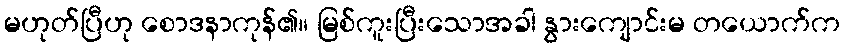
မဟုတ်ပြီဟု စောဒနာကုန်၏။ မြစ်ကူးပြီးသောအခါ နွားကျောင်းမ တယောက်က